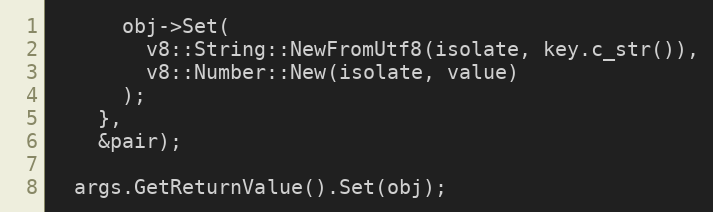
Language: C++
      obj->Set(
        v8::String::NewFromUtf8(isolate, key.c_str()),
        v8::Number::New(isolate, value)
      );
    },
    &pair);

  args.GetReturnValue().Set(obj);